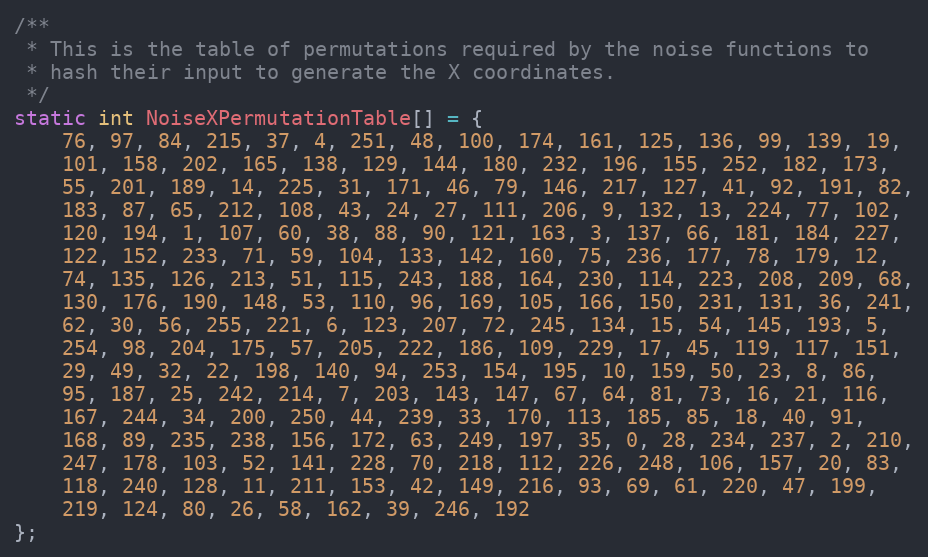
Language: C++
/**
 * This is the table of permutations required by the noise functions to
 * hash their input to generate the X coordinates.
 */
static int NoiseXPermutationTable[] = {
    76, 97, 84, 215, 37, 4, 251, 48, 100, 174, 161, 125, 136, 99, 139, 19,
    101, 158, 202, 165, 138, 129, 144, 180, 232, 196, 155, 252, 182, 173,
    55, 201, 189, 14, 225, 31, 171, 46, 79, 146, 217, 127, 41, 92, 191, 82,
    183, 87, 65, 212, 108, 43, 24, 27, 111, 206, 9, 132, 13, 224, 77, 102,
    120, 194, 1, 107, 60, 38, 88, 90, 121, 163, 3, 137, 66, 181, 184, 227,
    122, 152, 233, 71, 59, 104, 133, 142, 160, 75, 236, 177, 78, 179, 12,
    74, 135, 126, 213, 51, 115, 243, 188, 164, 230, 114, 223, 208, 209, 68,
    130, 176, 190, 148, 53, 110, 96, 169, 105, 166, 150, 231, 131, 36, 241,
    62, 30, 56, 255, 221, 6, 123, 207, 72, 245, 134, 15, 54, 145, 193, 5,
    254, 98, 204, 175, 57, 205, 222, 186, 109, 229, 17, 45, 119, 117, 151,
    29, 49, 32, 22, 198, 140, 94, 253, 154, 195, 10, 159, 50, 23, 8, 86,
    95, 187, 25, 242, 214, 7, 203, 143, 147, 67, 64, 81, 73, 16, 21, 116,
    167, 244, 34, 200, 250, 44, 239, 33, 170, 113, 185, 85, 18, 40, 91,
    168, 89, 235, 238, 156, 172, 63, 249, 197, 35, 0, 28, 234, 237, 2, 210,
    247, 178, 103, 52, 141, 228, 70, 218, 112, 226, 248, 106, 157, 20, 83,
    118, 240, 128, 11, 211, 153, 42, 149, 216, 93, 69, 61, 220, 47, 199,
    219, 124, 80, 26, 58, 162, 39, 246, 192
};